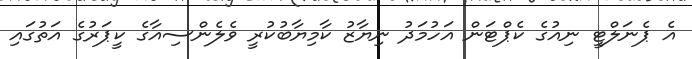
އެ ޕެނަލްޓީ ނިއުގެ ކެޕްޓަން އަހުމަދު ނިޔާޒު ކާމިޔާބުކުރީ ވެލެންސިއާގެ ކީޕަރުގެ އަތުގައި